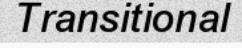
Transitional